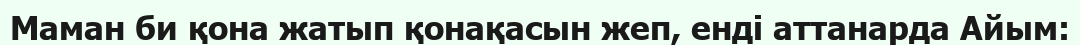
Маман би қона жатып қонақасын жеп, енді аттанарда Айым: